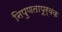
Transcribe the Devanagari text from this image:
निपुणतापूर्वक